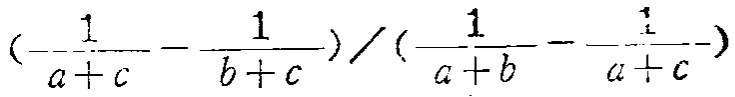
\((\frac{1}{a + c}-\frac{1}{b + c})/(\frac{1}{a + b}-\frac{1}{a + c})\)